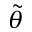
\tilde { \theta }